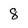
Character: 8